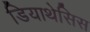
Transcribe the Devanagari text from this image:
डियाथेसिस